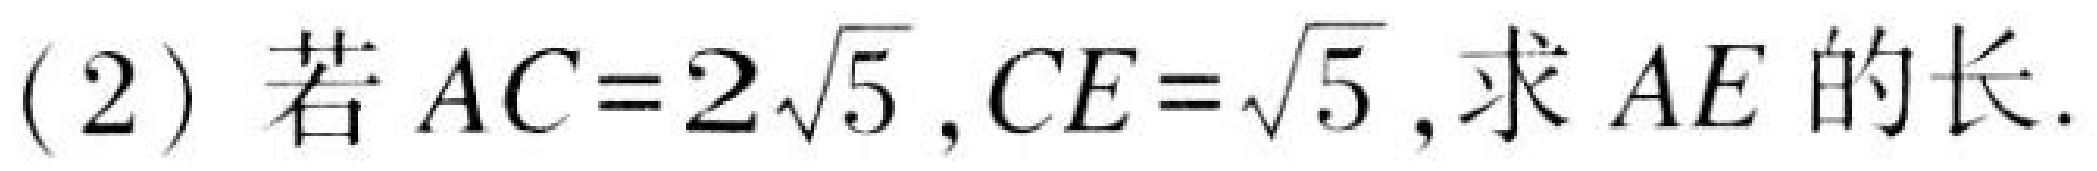
(2) 若\(AC = 2\sqrt{5},CE=\sqrt{5}\),求\(AE\)的长.